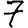
Digit: 7